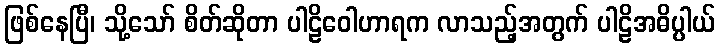
ဖြစ်နေပြီ၊ သို့သော် စိတ်ဆိုတာ ပါဠိဝေါဟာရက လာသည့်အတွက် ပါဠိအဓိပ္ပါယ်